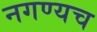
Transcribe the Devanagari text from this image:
नगण्यच